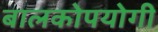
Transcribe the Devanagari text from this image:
बालकोपयोगी